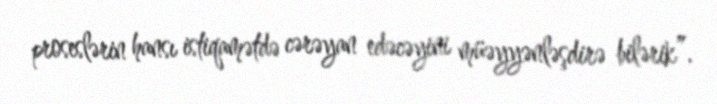
proseslərin hansı istiqamətdə cərəyan edəcəyini müəyyənləşdirə bilərik”.